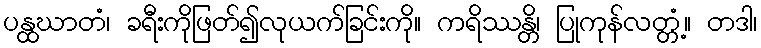
ပန္ထဃာတံ၊ ခရီးကိုဖြတ်၍လုယက်ခြင်းကို။ ကရိဿန္တိ၊ ပြုကုန်လတ္တံ့။ တဒါ၊